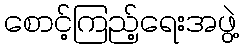
စောင့်ကြည့်ရေးအဖွဲ့